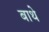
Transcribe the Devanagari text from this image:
बाथे